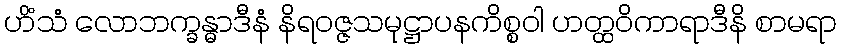
ဟိံသံ လောဘက္ခန္ဓာဒီနံ နိရဝဇ္ဇသမုဋ္ဌာပနကိစ္စဝါ ဟတ္ထဝိကာရာဒီနိ စာမရာ